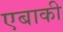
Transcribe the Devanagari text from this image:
एबाकी